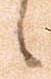
候